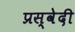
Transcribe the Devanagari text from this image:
प्रस्वेदी